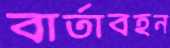
বার্তাবহন